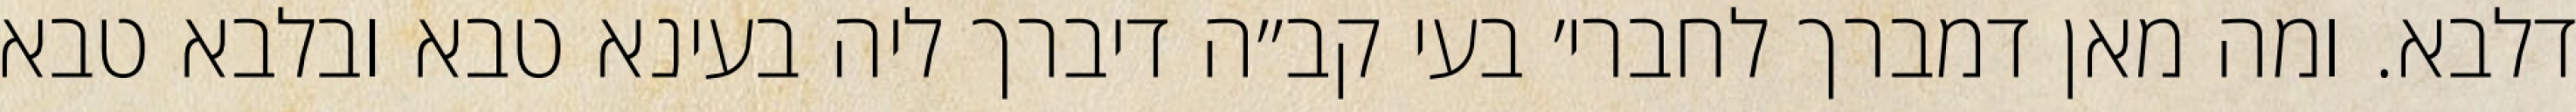
דלבא. ומה מאן דמברך לחברי׳ בעי קב״ה דיברך ליה בעינא טבא ובלבא טבא